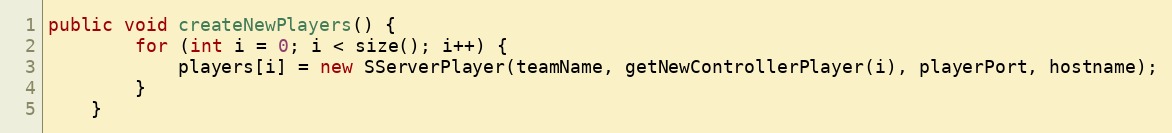
Language: Java
public void createNewPlayers() {
        for (int i = 0; i < size(); i++) {
            players[i] = new SServerPlayer(teamName, getNewControllerPlayer(i), playerPort, hostname);
        }
    }